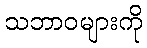
သဘာဝများကို